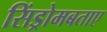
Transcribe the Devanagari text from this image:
सिंड्रोमबताए